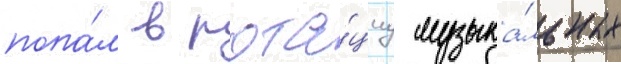
попа́л в рота́циу музыка́льных